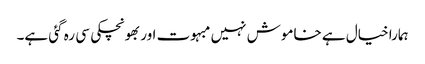
ہمارا خیال ہے خاموش نہیں مبہوت اور بھونچکی سی رہ گئی ہے۔